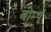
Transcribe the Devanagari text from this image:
बोम्पू